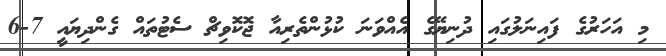
މި އަހަރުގެ ފައިނަލުގައި ދުނިޔޭގެ އެއްވަނަ ކުޅުންތެރިއާ ޖޮކޮވިޗް ސެޓުތައް ގެންދިޔައީ 7-6